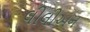
લીલીઅન